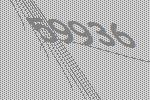
59936